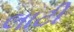
લાટી